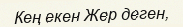
Кең екен Жер деген,